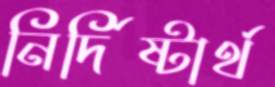
নির্দিষ্টার্থ